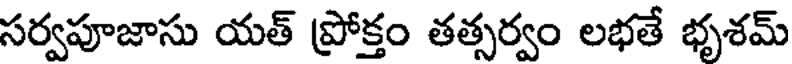
సర్వపూజాసు యత్ ప్రోక్తం తత్సర్వం లభతే భృశమ్